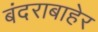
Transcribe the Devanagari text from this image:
बंदराबाहेर